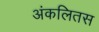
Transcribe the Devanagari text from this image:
अंकलितस